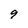
Character: 9